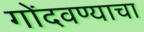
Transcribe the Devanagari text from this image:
गोंदवण्याचा